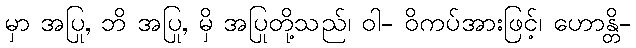
မှာ အပြု, ဘိ အပြု, မှိ အပြုတို့သည်၊ ဝါ- ဝိကပ်အားဖြင့်၊ ဟောန္တိ-